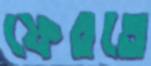
ফেরতে